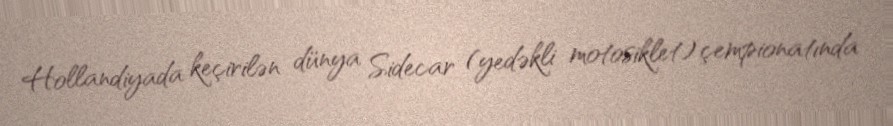
Hollandiyada keçirilən dünya Sidecar (yedəkli motosiklet) çempionatında